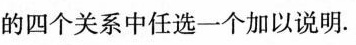
的四个关系中任选一个加以说明.